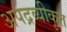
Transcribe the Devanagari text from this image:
अपद्रव्यीकृत